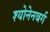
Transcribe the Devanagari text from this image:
श्योनेनबर्ग